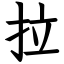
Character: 拉